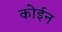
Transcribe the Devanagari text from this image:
कोईन